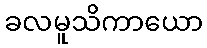
ခလမူသိကာယော